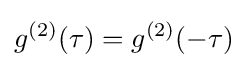
g^{(2)}(\tau )=g^{(2)}(-\tau )